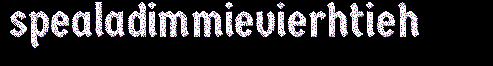
spealadimmievierhtieh